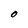
Character: O